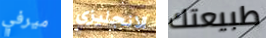
ميرفي الانجليزي طبيعتك